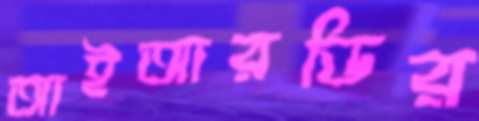
আইআরডির